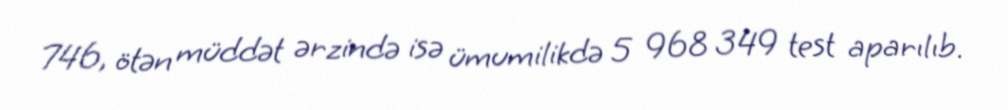
746, ötən müddət ərzində isə ümumilikdə 5 968 349 test aparılıb.